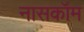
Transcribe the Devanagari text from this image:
नासकॉम